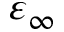
\varepsilon _ { \infty }